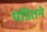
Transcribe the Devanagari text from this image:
पंडितने